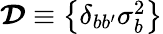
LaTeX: \begin{array}{r}{\mathbfcal{D}\equiv\left\{ \delta_{bb^{\prime}}\sigma_{b}^{2}\right\} }\end{array}